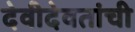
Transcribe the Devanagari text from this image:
देवीदेवतांची